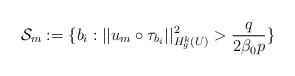
LaTeX: \begin{align*} \mathcal{S}_m := \{b_i : ||u_m \circ \tau_{b_i}||^2_{H^k_g(U)} > \frac{q}{2\beta_0 p}\}\end{align*}